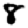
Digit: 8